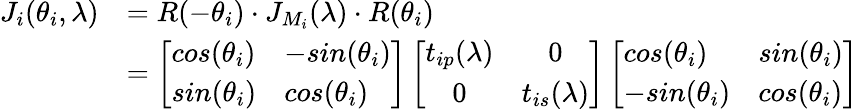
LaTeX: \begin{array}{rl}{J_{i}(\theta_{i},\lambda)}&{=R(-\theta_{i})\cdot J_{M_{i}}(\lambda)\cdot R(\theta_{i})}\\ &{=\left[\begin{array}{ll}{cos(\theta_{i})}&{-sin(\theta_{i})}\\ {sin(\theta_{i})}&{cos(\theta_{i})}\end{array}\right]\left[\begin{array}{cc}{t_{ip}(\lambda)}&{0}\\ {0}&{t_{is}(\lambda)}\end{array}\right]\left[\begin{array}{ll}{cos(\theta_{i})}&{sin(\theta_{i})}\\ {-sin(\theta_{i})}&{cos(\theta_{i})}\end{array}\right]}\end{array}